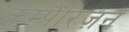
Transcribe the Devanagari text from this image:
कम्पैरिज़न